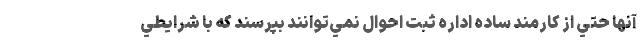
آنها حتي از كارمند ساده اداره ثبت احوال نمي‌توانند بپرسند كه با شرايطي